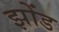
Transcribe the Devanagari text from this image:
झोंड